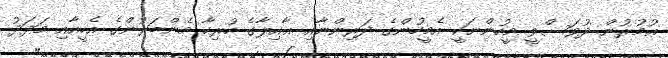
ޢުމުރުން ދުވަސްވީ މީހުންނަކީ އެމީހުންގެ ދަރިންނާއި ޢާއިލާގެ ހުރިހާ މެންބަރުންގެ އެހީއާއި މަދަދު